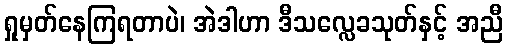
ရှုမှတ်နေကြရတာပဲ၊ အဲဒါဟာ ဒီသလ္လေခသုတ်နှင့် အညီ